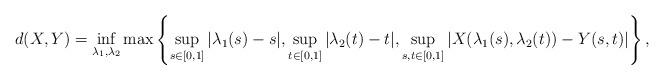
LaTeX: \begin{align*} d(X,Y) = \inf_{\lambda_1,\lambda_2} \max \left\{ \sup_{s\in[0,1]} |\lambda_1(s)-s| ,\sup_{t\in[0,1]} |\lambda_2(t)-t| , \sup_{s,t\in[0,1]} |X(\lambda_1(s),\lambda_2(t))-Y(s,t)|\right\} , \end{align*}